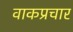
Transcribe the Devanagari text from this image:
वाकप्रचार